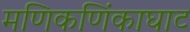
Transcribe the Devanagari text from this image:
मणिकणिंकाघाट